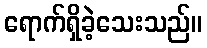
ရောက်ရှိခဲ့သေးသည်။